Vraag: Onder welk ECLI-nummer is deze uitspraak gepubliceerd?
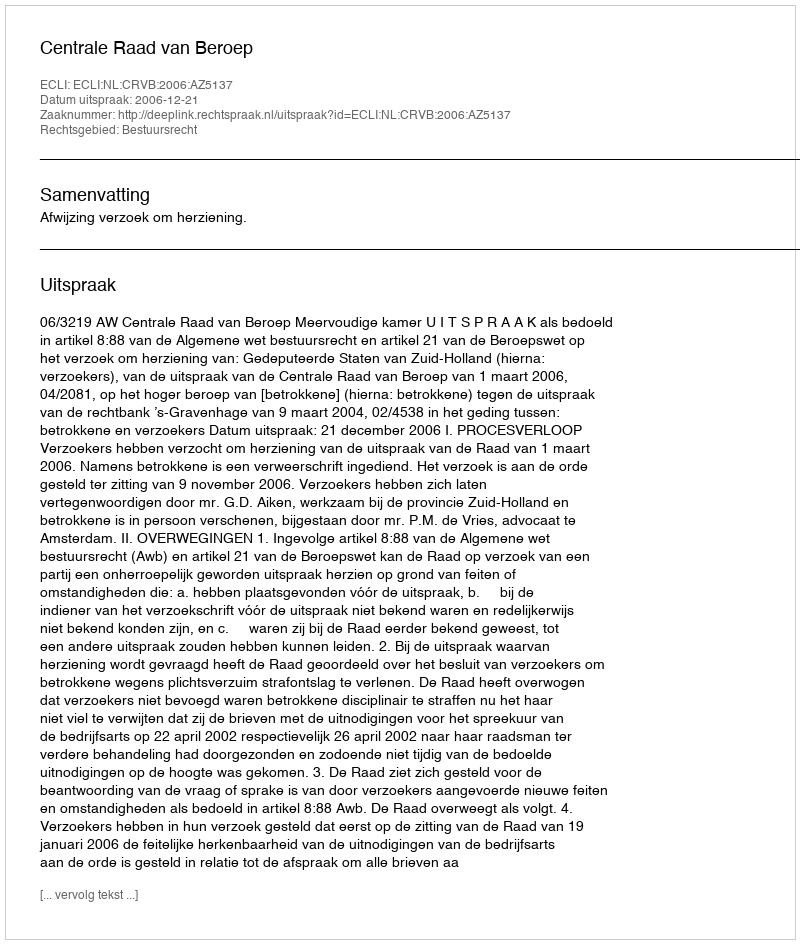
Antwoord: ECLI:NL:CRVB:2006:AZ5137